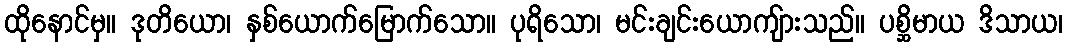
ထိုနောင်မှ။ ဒုတိယော၊ နှစ်ယောက်မြောက်သော။ ပုရိသော၊ မင်းချင်းယောကျ်ားသည်။ ပစ္ဆိမာယ ဒိသာယ၊